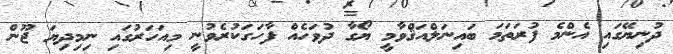
ދުނިޔޭގައި އެންމެ ފުރަތަމަ ބައިނަލްއަޤްވާމީ ޔޯގާ ދުވަހެއް ފާހަގަކުރެވުނީ މިއަހަރުގައި ނިމިދިޔަ ޖޫން